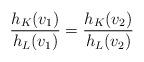
LaTeX: \begin{align*}\frac{h_K(v_1)}{h_L(v_1)}=\frac{h_K(v_2)}{h_L(v_2)}\end{align*}